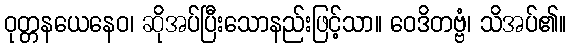
ဝုတ္တနယေနေဝ၊ ဆိုအပ်ပြီးသောနည်းဖြင့်သာ။ ဝေဒိတဗ္ဗံ၊ သိအပ်၏။